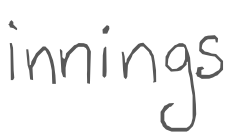
Text: innings
Cross-out: clean
Writing tool: digital_gray